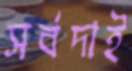
সর্বদাই